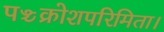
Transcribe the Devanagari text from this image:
पञ्चक्रोशपरिमिता।